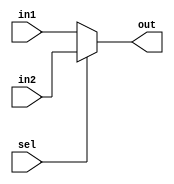
module Mux2x1_32Bits(out, in1, in2, sel);

input [31:0] in1, in2; 
input sel;
output [31:0] out; 

assign out = 	(sel == 1'b0) ? in1 :
		(sel == 1'b1) ? in2 : 32'bx;

endmodule